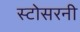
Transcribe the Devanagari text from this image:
स्टोसरनी